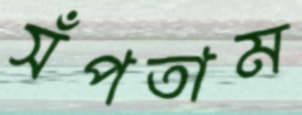
সঁপতাম